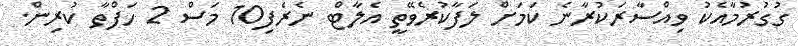
ގުގުރުމާއެކު ވިއްސާރަކުރާނެ ކަމަށް ލަފާކުރެވޭތީ އެލާޓް ނެރެފި10 މަސް 2 ހަފްތާ ކުރިން.